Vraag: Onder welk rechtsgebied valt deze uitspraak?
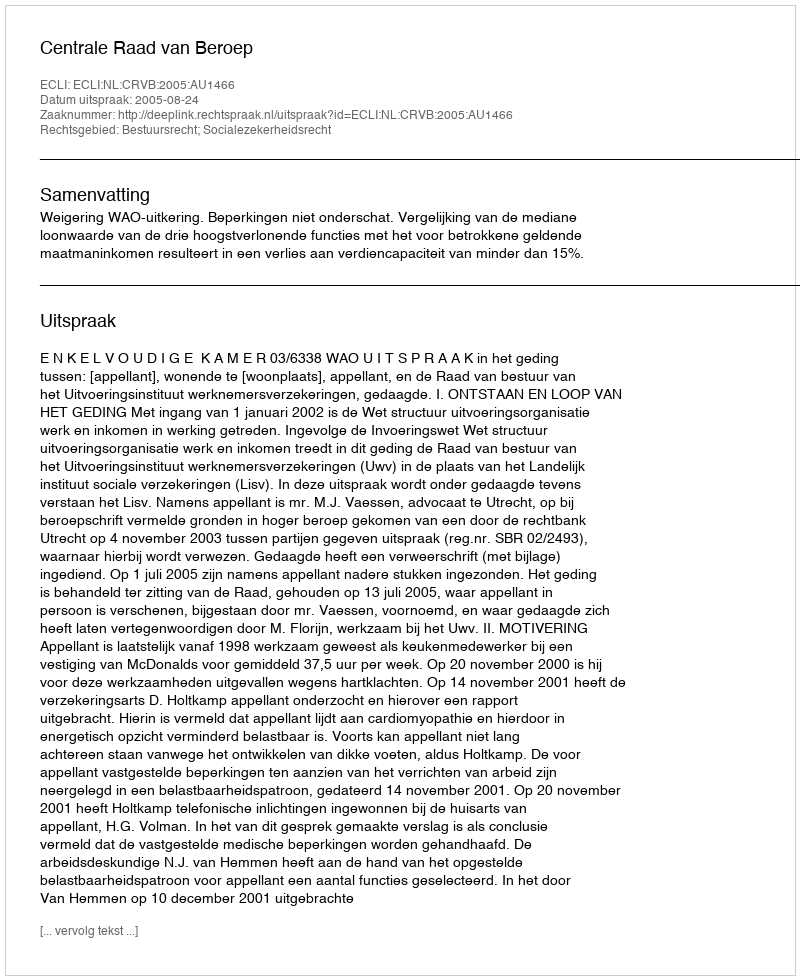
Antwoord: Bestuursrecht; Socialezekerheidsrecht